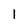
Character: 1